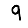
Digit: 9